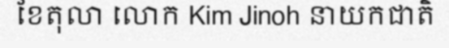
ខែតុលា លោក Kim Jinoh នាយកជាតិ